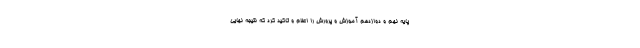
پایه نهم و دوازدهم آموزش و پرورش را اعلام و تاکید کرد که نتیجه نهایی